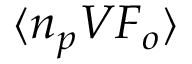
\langle n _ { p } V { \cal F } _ { o } \rangle